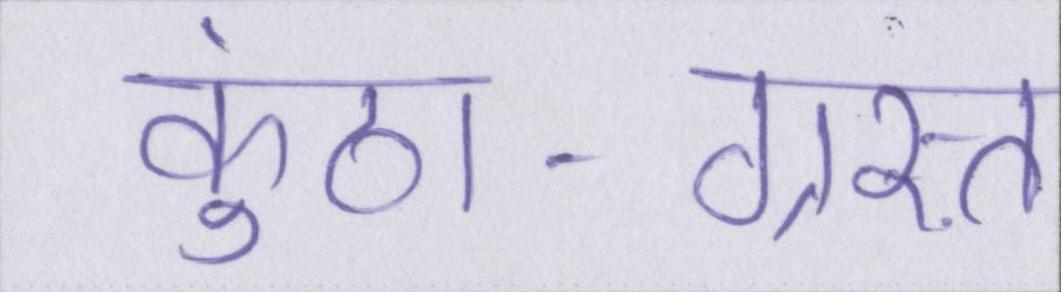
कुंठा-ग्रस्त